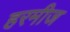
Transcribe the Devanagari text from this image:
हरमीज